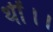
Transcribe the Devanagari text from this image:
थीं।।